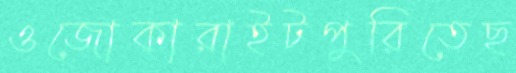
ওজোকারাইটপুরিতেছ